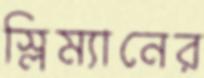
স্লিম্যানের